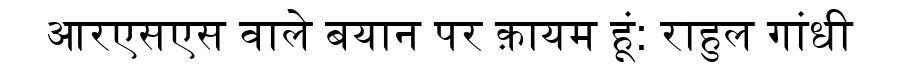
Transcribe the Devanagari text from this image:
आरएसएस वाले बयान पर क़ायम हूं: राहुल गांधी